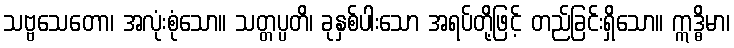
သဗ္ဗသေတော၊ အလုံးစုံသော။ သတ္တပ္ပတိ၊ ခုနှစ်ပါးသော အရပ်တို့ဖြင့် တည်ခြင်းရှိသော။ ဣဒ္ဓိမာ၊